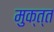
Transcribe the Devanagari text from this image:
मुक्त्त